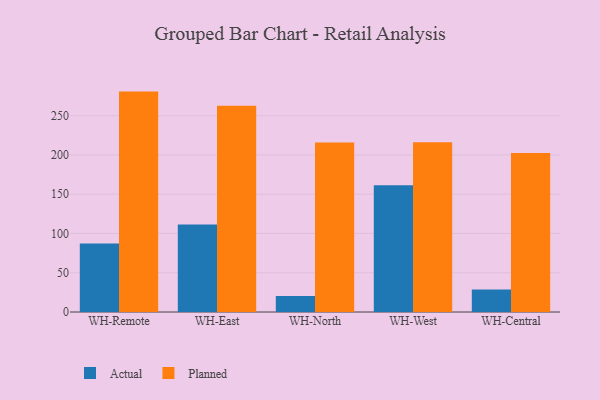
{"axis": {"x": "Warehouse", "y": "Headcount"}, "legend": ["Actual", "Planned"], "data": [{"x": "WH-Remote", "y": 87.1, "type": "Actual"}, {"x": "WH-Remote", "y": 280.7, "type": "Planned"}, {"x": "WH-East", "y": 111.3, "type": "Actual"}, {"x": "WH-East", "y": 262.6, "type": "Planned"}, {"x": "WH-North", "y": 20.3, "type": "Actual"}, {"x": "WH-North", "y": 216.0, "type": "Planned"}, {"x": "WH-West", "y": 161.3, "type": "Actual"}, {"x": "WH-West", "y": 216.3, "type": "Planned"}, {"x": "WH-Central", "y": 28.6, "type": "Actual"}, {"x": "WH-Central", "y": 202.6, "type": "Planned"}]}